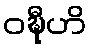
ဝဍ္ဎီဟိ